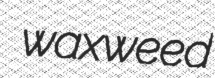
waxweed